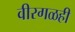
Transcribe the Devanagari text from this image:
वीरगळही